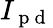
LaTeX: I_{\mathrm{~p~d~}}